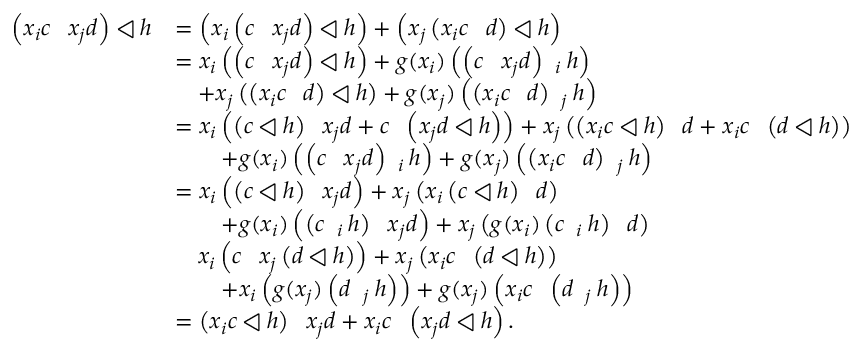
\begin{array} { r l } { \left( x _ { i } c \shuffle x _ { j } d \right) \triangleleft h } & { = \left( x _ { i } \left( c \shuffle x _ { j } d \right) \triangleleft h \right) + \left( x _ { j } \left( x _ { i } c \shuffle d \right) \triangleleft h \right) } \\ & { = x _ { i } \left( \left( c \shuffle x _ { j } d \right) \triangleleft h \right) + g ( x _ { i } ) \left( \left( c \shuffle x _ { j } d \right) \shuffle _ { i } h \right) } \\ & { \quad + x _ { j } \left( \left( x _ { i } c \shuffle d \right) \triangleleft h \right) + g ( x _ { j } ) \left( \left( x _ { i } c \shuffle d \right) \shuffle _ { j } h \right) } \\ & { = x _ { i } \left( \left( c \triangleleft h \right) \shuffle x _ { j } d + c \shuffle \left( x _ { j } d \triangleleft h \right) \right) + x _ { j } \left( \left( x _ { i } c \triangleleft h \right) \shuffle d + x _ { i } c \shuffle \left( d \triangleleft h \right) \right) } \\ & { \quad \quad + g ( x _ { i } ) \left( \left( c \shuffle x _ { j } d \right) \shuffle _ { i } h \right) + g ( x _ { j } ) \left( \left( x _ { i } c \shuffle d \right) \shuffle _ { j } h \right) } \\ & { = x _ { i } \left( \left( c \triangleleft h \right) \shuffle x _ { j } d \right) + x _ { j } \left( x _ { i } \left( c \triangleleft h \right) \shuffle d \right) } \\ & { \quad \quad + g ( x _ { i } ) \left( \left( c \shuffle _ { i } h \right) \shuffle x _ { j } d \right) + x _ { j } \left( g ( x _ { i } ) \left( c \shuffle _ { i } h \right) \shuffle d \right) } \\ & { \quad x _ { i } \left( c \shuffle x _ { j } \left( d \triangleleft h \right) \right) + x _ { j } \left( x _ { i } c \shuffle \left( d \triangleleft h \right) \right) } \\ & { \quad \quad + x _ { i } \left( g ( x _ { j } ) \left( d \shuffle _ { j } h \right) \right) + g ( x _ { j } ) \left( x _ { i } c \shuffle \left( d \shuffle _ { j } h \right) \right) } \\ & { = \left( x _ { i } c \triangleleft h \right) \shuffle x _ { j } d + x _ { i } c \shuffle \left( x _ { j } d \triangleleft h \right) . } \end{array}